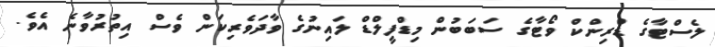
ލެސްޓާގެ ޑްރިންކް ވޯޓާގެ ސަބަބުން މިޑްފީލްޑް ލައިނުގެ ވާދަވެރިކަން ވެސް އިތުރުވާނެ އެވެ.